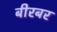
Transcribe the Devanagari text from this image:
बीरबर